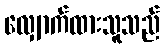
လျှောက်ထားသူသည်